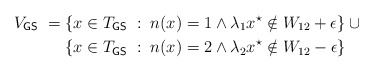
\begin{align*} V_{\textsf{GS}} \; = \; &\{ x \in T_{\textsf{GS}} \; : \; n(x) = 1 \wedge \lambda_1 x^{\star} \notin W_{12} + \epsilon \} \cup {} \\ &\{ x \in T_{\textsf{GS}} \; : \; n(x) = 2 \wedge \lambda_2 x^{\star} \notin W_{12} - \epsilon \} \; \end{align*}